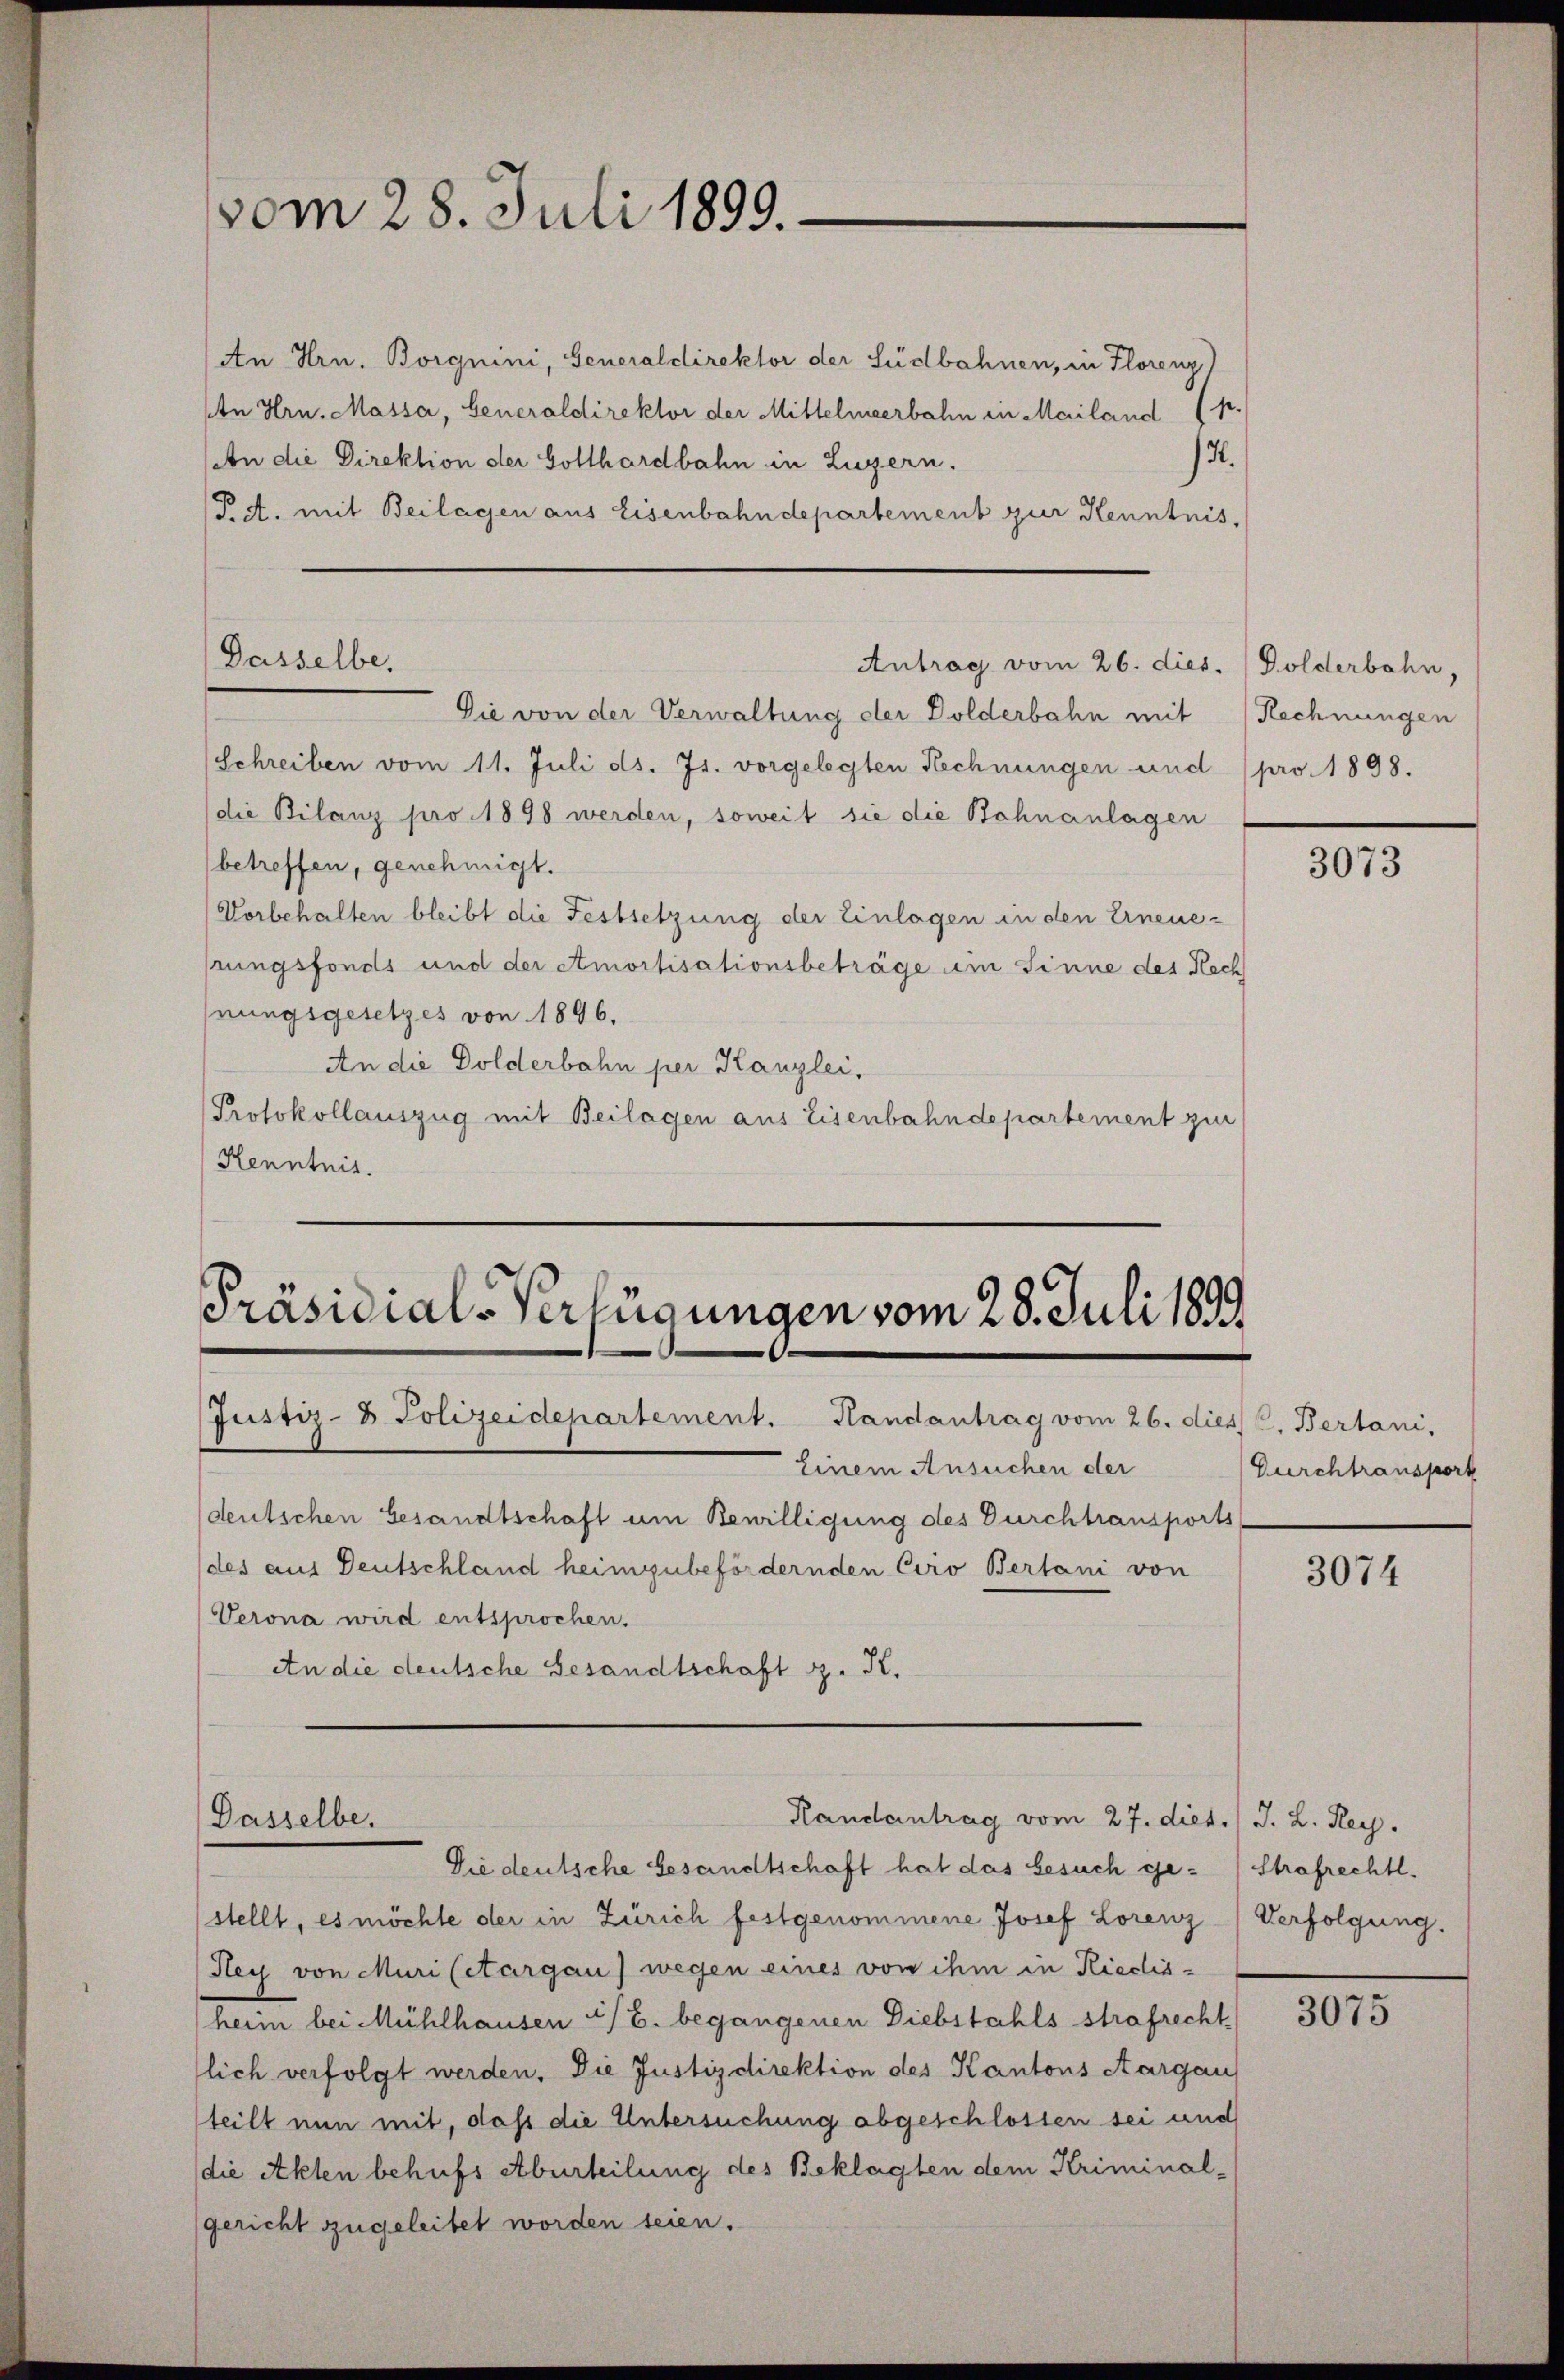
vom 28. Juli 1899.

An Hrn. Borgnini, Generaldirektor der Südbahnen, in Florenz)
An Hrn. Massa, Generaldirektor der Mittelmeerbahn in Mailand (p.
.
An die Direktion der Gotthardbahn in Luzern.
P a. mit Beilagen aus Eisenbahndepartement zur Kenntnis,

Dasselbe.

Die von der Verwaltung der Dolderbahn mit Rechnungen
Schreiben vom 11. Juli d. Js. vorgelegten Rechnungen und pro 1898.
die Bilanz pro 1898 werden, soweit sie die Bohnanlagen
(betreffen, genehmigt.
Vorbehalten bleibt die Festsetzung der Einlagen in den Erneue-
hrungsfonds und der Amortisationsbeträge um Sinne des Rech
nungsgesetzes von 1896.
An die Dolderbahn per Kanzlei,
Protokollauszug mit Beilagen aus Eisenbahndepartement zur
Kenntnis.

Antrag vom 26. dies. (Dolderbahn,

Präsidial-Verfügungen vom 28. Juli 1899
Justiz- & Polizeidepartement. Handantrag vom 26. dies C. Bertani,

Einem Ansuchen der
(deutschen Gesandtschaft um Bewilligung des Durchtransports
des aus Deutschland heimzubefördernden Ciro Bertani von
Verona wird entsprochen.
An die deutsche Gesandtschaft z. K.

Die deutsche Gesandtschaft hat das besuch gestellt, es möchte der in Zürich festgenommene Josef Lorenz
Hey von Muri (etargau) wegen eines von ihm in Riedlisheim bei Mühlhausen :/ B. begangenen Diebstahls strafrecht
lich verfolgt werden. Die Justizdirektion des Kantons Aargau
teilt nun mit, daß die Untersuchung abgeschlossen sei und
die Akten behufs Aburteilung des Beklagten dem Kriminal-
gericht zugeleitet worden seien.

Randantrag vom 27. diet./ J. L. Rey.
Dasselbe.

3073

Durchtransport

3074

Strafrechtl.
Verfolgung.

3075